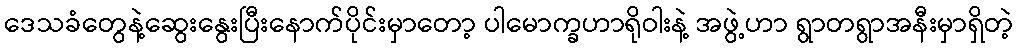
ဒေသခံတွေနဲ့ဆွေးနွေးပြီးနောက်ပိုင်းမှာတော့ ပါမောက္ခဟာရိုဝါးနဲ့ အဖွဲ့ဟာ ရွာတရွာအနီးမှာရှိတဲ့